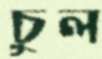
চুল